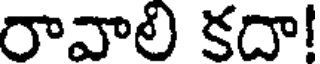
రావాలి కదా!